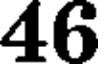
46